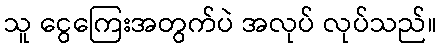
သူ ငွေကြေးအတွက်ပဲ အလုပ် လုပ်သည်။